Annual administration report of the Civil Veterinary Department of India - 1896-1897
Year: 1896
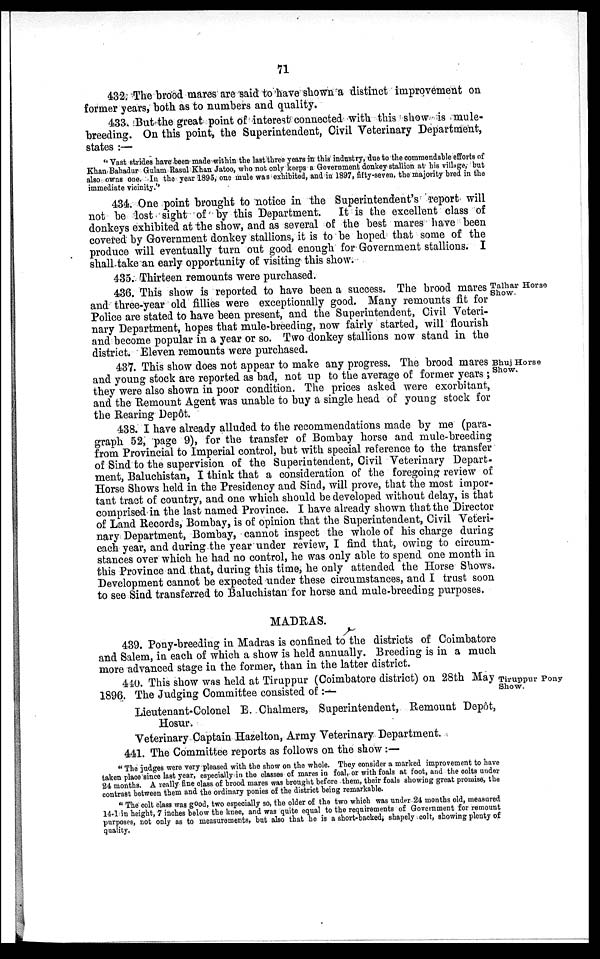
71
432. The brood mares are said to have shown a distinct improvement on
former years, both as to numbers and quality.
433. But the great point of interest connected with this show is mule-
breeding. On this point, the Superintendent, Civil Veterinary Department,
states:—
"Vast strides have been made within the last three years in this industry, due to the commendable efforts of
Khan Bahadur Gulam Rasul Khan Jatoo, who not only keeps a Government donkey stallion at his village, but
also owns one. In the year 1895, one mule was exhibited, and in 1897, fifty-seven, the majority bred in the
immediate vicinity."
434. One point brought to notice in the Superintendent's report will
not be lost sight of by this Department.
It is the excellent class of
donkeys exhibited at the show, and as several of the best mares have been
covered by Government donkey stallions, it is to be hoped that some of the
produce will eventually turn out good enough for Government stallions. I
shall take an early opportunity of visiting this show.
435. Thirteen remounts were purchased.
Talhar Horse
Show.
436. This show is reported to have been a success. The brood mares
and three-year old fillies were exceptionally good. Many remounts fit for
Police are stated to have been present, and the Superintendent, Civil Veteri-
nary Department, hopes that mule-breeding, now fairly started, will flourish
and become popular in a year or so. Two donkey stallions now stand in the
district. Eleven remounts were purchased.
Bhuj Horse
Show.
437. This show does not appear to make any progress. The brood mares
and young stock are reported as bad, not up to the average of former years;
they were also shown in poor condition. The prices asked were exorbitant,
and the Remount Agent was unable to buy a single head of young stock for
the Rearing Depôt.
438. I have already alluded to the recommendations made by me (para-
graph 52, page 9), for the transfer of Bombay horse and mule-breeding
from Provincial to Imperial control, but with special reference to the transfer
of Sind to the supervision of the Superintendent, Civil Veterinary Depart-
ment, Baluchistan, I think that a consideration of the foregoing review of
Horse Shows held in the Presidency and Sind, will prove, that the most impor-
tant tract of country, and one which should be developed without delay, is that
comprised in the last named Province. I have already shown that the Director
of Land Records, Bombay, is of opinion that the Superintendent, Civil Veteri-
nary Department, Bombay, cannot inspect the whole of his charge during
each year, and during the year under review, I find that, owing to circum-
stances over which he had no control, he was only able to spend one month in
this Province and that, during this time, he only attended the Horse Shows.
Development cannot be expected under these circumstances, and I trust soon
to see Sind transferred to Baluchistan for horse and mule-breeding purposes.
MADRAS.
439. Pony-breeding in Madras is confined to the districts of Coimbatore
and Salem, in each of which a show is held annually. Breeding is in a much
more advanced stage in the former, than in the latter district.
Tiruppur Pony
Show.
440. This show was held at Tiruppur (Coimbatore district) on 28th May
1896. The Judging Committee consisted of:—
Lieutenant-Colonel E. Chalmers, Superintendent, Remount Depôt,
Hosur.
Veterinary Captain Hazelton, Army Veterinary Department.
441. The Committee reports as follows on the show:—
"The judges were very pleased with the show on the whole. They consider a marked improvement to have
taken place since last year, especially in the classes of mares in foal, or with foals at foot, and the colts under
24 months. A really fine class of brood mares was brought before them, their foals showing great promise, the
contrast between them and the ordinary ponies of the district being remarkable.
"The colt class was good, two especially so, the older of the two which was under 24 months old, measured
14-1 in height, 7 inches below the knee, and was quite equal to the requirements of Government for remount
purposes, not only as to measurements, but also that he is a short-backed, shapely colt, showing plenty of
quality.